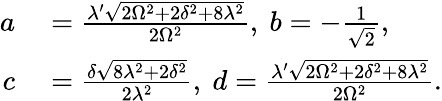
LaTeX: \begin{array}{rl}{a}&{{}=\frac{\lambda^{\prime}\sqrt{2\Omega^{2}+2\delta^{2}+8\lambda^{2}}}{2\Omega^{2}},~b=-\frac{1}{\sqrt{2}},}\\ {c}&{{}=\frac{\delta\sqrt{8\lambda^{2}+2\delta^{2}}}{2\lambda^{2}},~d=\frac{\lambda^{\prime}\sqrt{2\Omega^{2}+2\delta^{2}+8\lambda^{2}}}{2\Omega^{2}}.}\end{array}